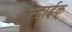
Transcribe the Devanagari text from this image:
स्टाईक्